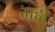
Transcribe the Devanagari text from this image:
गहों